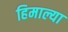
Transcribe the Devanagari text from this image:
हिमाल्या